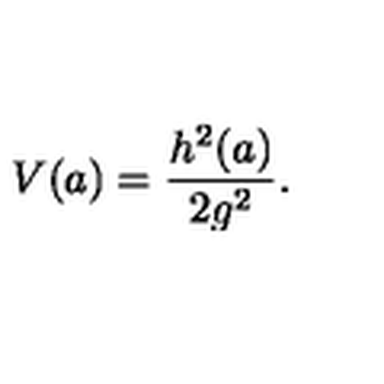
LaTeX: V ( a ) = \frac { h ^ { 2 } ( a ) } { 2 g ^ { 2 } } .